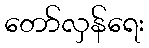
တော်လှန်ရေး